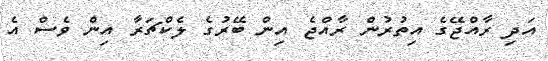
އަދި ރާއްޖޭގެ އިތުރުން ރާއްޖެ އިން ބޭރުގެ ލެކްޗަރާ އިން ވެސް އެ